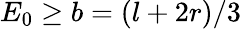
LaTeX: E_{0}\ge b=(l+2r)/3